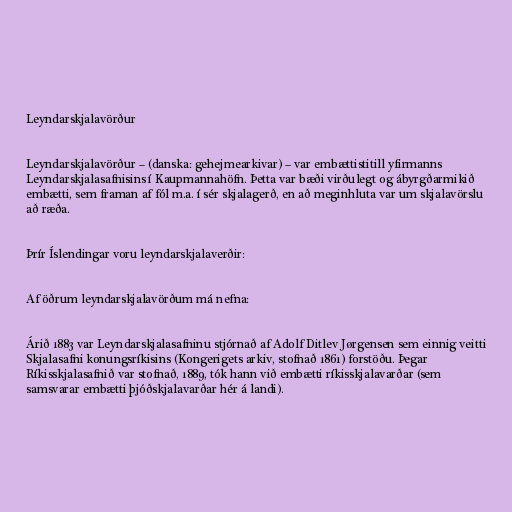
Leyndarskjalavörður

Leyndarskjalavörður – (danska: gehejmearkivar) – var embættistitill yfirmanns
Leyndarskjalasafnisins í Kaupmannahöfn. Þetta var bæði virðulegt og ábyrgðarmikið
embætti, sem framan af fól m.a. í sér skjalagerð, en að meginhluta var um skjalavörslu
að ræða.

Þrír Íslendingar voru leyndarskjalaverðir:

Af öðrum leyndarskjalavörðum má nefna:

Árið 1883 var Leyndarskjalasafninu stjórnað af Adolf Ditlev Jørgensen sem einnig veitti
Skjalasafni konungsríkisins (Kongerigets arkiv, stofnað 1861) forstöðu. Þegar
Ríkisskjalasafnið var stofnað, 1889, tók hann við embætti ríkisskjalavarðar (sem
samsvarar embætti þjóðskjalavarðar hér á landi).